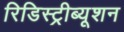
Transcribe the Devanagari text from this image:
रिडिस्ट्रीब्यूशन